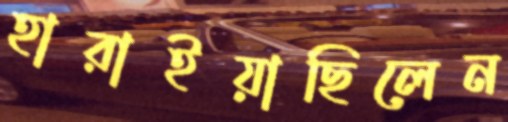
হারাইয়াছিলেন